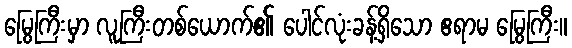
မြွေကြီးမှာ လူကြီးတစ်ယောက်၏ ပေါင်လုံးခန့်ရှိသော ဧရာမ မြွေကြီး။